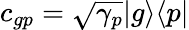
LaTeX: c_{gp}=\sqrt{\gamma_{p}}|g\rangle\langle p|